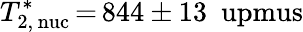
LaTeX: T_{\mathrm{2,\, nuc}}^{\ast}\, {=}\, 844\pm 13~\mathrm{\ upmus}